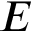
E